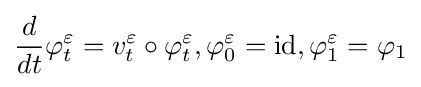
{\frac {d}{dt}}\varphi _{t}^{\varepsilon }=v_{t}^{\varepsilon }\circ \varphi _{t}^{\varepsilon },\varphi _{0}^{\varepsilon }=\operatorname {id} ,\varphi _{1}^{\varepsilon }=\varphi _{1}